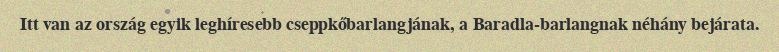
Itt van az ország egyik leghíresebb cseppkőbarlangjának, a Baradla-barlangnak néhány bejárata.